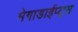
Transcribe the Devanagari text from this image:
मेगाडाईप्ट्स